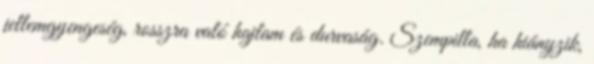
jellemgyengeség, rosszra való hajlam és durvaság. Szempilla, ha hiányzik,